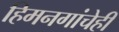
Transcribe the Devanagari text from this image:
हिमनगांचेही